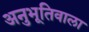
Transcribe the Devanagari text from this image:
अनुभूतिवाला